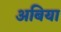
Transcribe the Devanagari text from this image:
अबिया